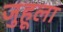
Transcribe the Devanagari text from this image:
जुहूला